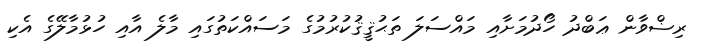
ރިޟްވާން ޢަބްދު ހޯދުމަށާއި މައްސަލަ ތަޙުޤީޤުކުރުމުގެ މަސައްކަތުގައި މާލެ އާއި ހުޅުމާލޭގެ އެކި